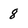
Character: 8